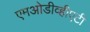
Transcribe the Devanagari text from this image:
एमओडीव्हीएटी